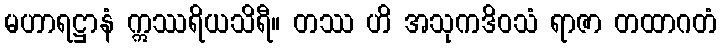
မဟာရဋ္ဌာနံ ဣဿရိယသိရီ။ တဿ ဟိ အသုကဒိဝသံ ရာဇာ တထာဂတံ